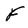
Character: F